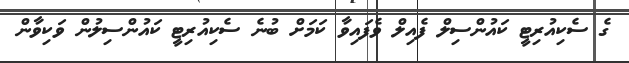
ގެ ސެކިއުރިޓީ ކައުންސިލް ފެއިލް ވެފައިވާ ކަމަށް ބުނެ ސެކިއުރިޓީ ކައުންސިލުން ވަކިވާން